Indian Medical Review
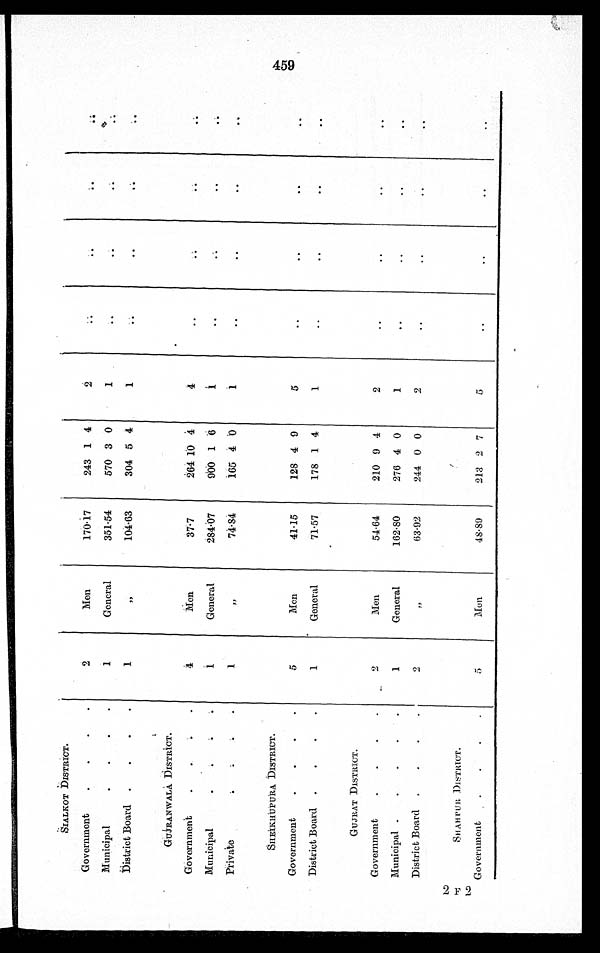
SIALKOT DISTRICT.
Government
.
.
.
.
2
Men
170.17
243 1 4 2
..
..
..
..
Municipal
.
.
.
.
1
General
351.54
570 3 0
1
..
..
..
..
District Board .
.
.
.
1
, ,
104.63
304 5 4
1
..
..
..
. .
GUJRANWALA DISTRICT.
Government
.
.
. .
4
Men
37.7
264 10 4
4
..
..
..
..
Municipal
.
.
1
General
284.07
900 1 6
1
..
..
. . ..
Private . . . •
1
, ,
74.84
165 4 0
1
..
..
..
..
SHEIKHUPURA DISTRICT.
Government
.
.
.
.
5
Men
41.15
128 4 9
5
..
..
. .
. .
District Board .
.
.
.
1
General
71.57
178 1 4
1
..
..
..
. .
GUJRAT DISTRICT.
Government
.
.
.
.
2
Men
54.64
210 9 4
2
..
..
..
..
Municipal .
.
.
.
.
1
General
162.80
276 4 0
1
..
..
..
..
District Board .
.
.
.
2
, ,
63.92
244 0 0
2
..
..
..
. .
SHAHPUR. DISTRICT.
Government
.
.
.
.
5
Men
48.89
213 2 7
5
..
..
..
..